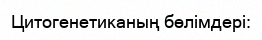
Цитогенетиканың бөлімдері: